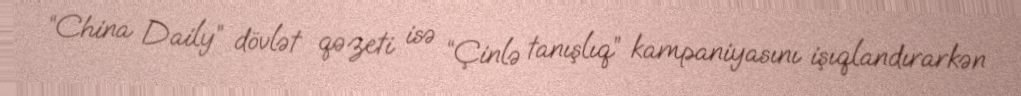
“China Daily” dövlət qəzeti isə “Çinlə tanışlıq” kampaniyasını işıqlandırarkən